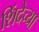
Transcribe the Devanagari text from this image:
शिंदेच्या